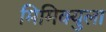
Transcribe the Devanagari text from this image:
मिमिक्युला